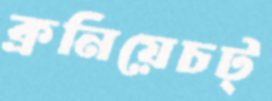
ক্রনিয়েচট্‌